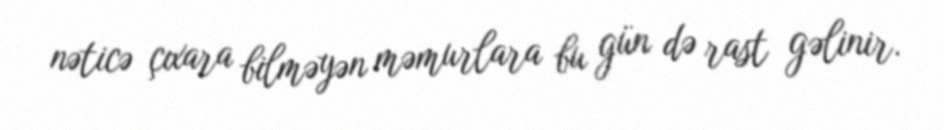
nəticə çıxara bilməyən məmurlara bu gün də rast gəlinir.